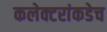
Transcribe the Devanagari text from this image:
कलेक्टरांकडेच